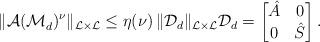
LaTeX: \begin{align*} \|\mathcal{A} (\mathcal{M}_d^{})^\nu\|_{\mathcal{L} \times \mathcal{L}} \le \eta(\nu) \, \| \mathcal{D}_d \|_{\mathcal{L} \times \mathcal{L}} \mathcal{D}_d = \begin{bmatrix} \hat{A} & 0 \\ 0 & \hat{S} \end{bmatrix}.\end{align*}